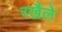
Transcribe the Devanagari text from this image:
रखैले